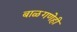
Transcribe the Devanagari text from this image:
बाळगणेही